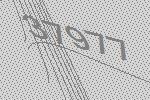
37977